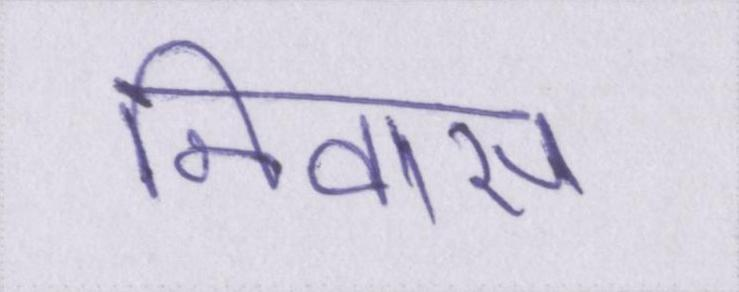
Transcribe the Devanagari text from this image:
निवास